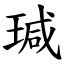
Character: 瑊